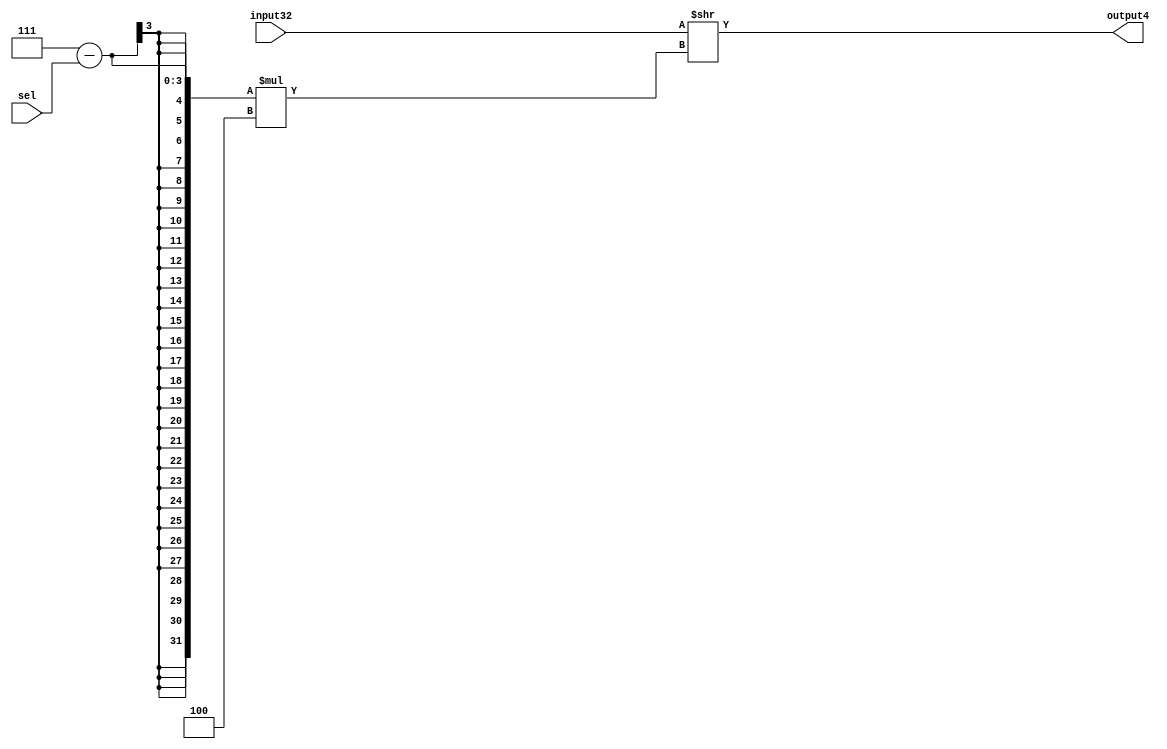
module multiplexer(input32, sel, output4);
	input [31:0] input32;
	input [2:0] sel;
	output reg [3:0] output4;
	always@(sel)
		output4 = input32 >> ((7-sel)*4);
endmodule